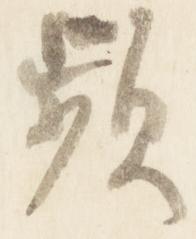
頻